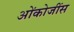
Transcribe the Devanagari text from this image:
ओंकोजींस